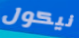
نيكول